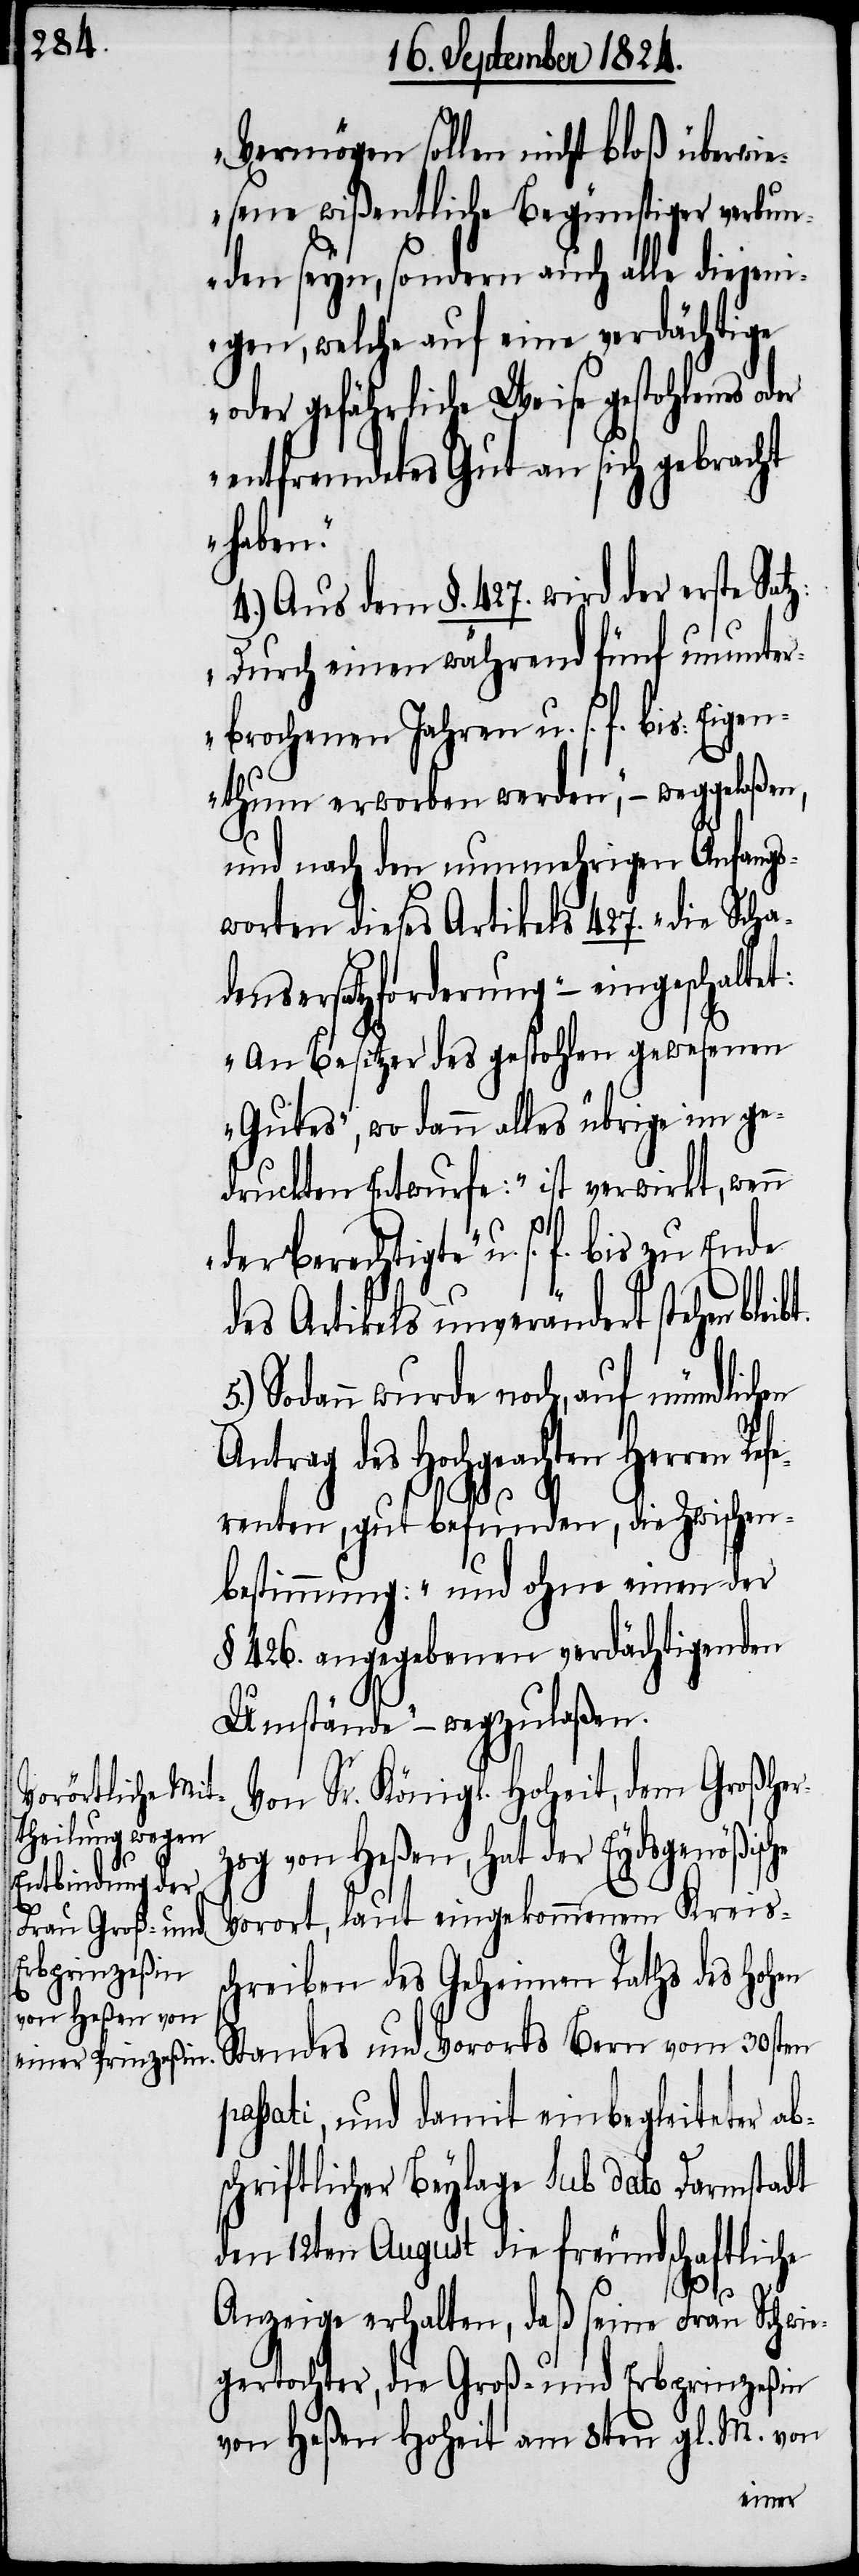
Vermögen sollen nicht bloß überwie¬
sene wißentliche Begünstigter verbun¬
den seyn, sondern auch alle diejen¬
igen, welche auf eine verdächtige
oder gefährliche Weise gestohlenes oder
entfremdetes Gut an sich gebracht
haben.“
4.) Aus dem §. 427. wird der erste Satz:
„Durch einen während fünf ununter¬
brochenen Jahren u. s. f. bis: Eigen¬
thum erworben werden“, – weggelaßen,
und nach den nunmehrigen Anfangs¬
worten dieses Artikels 427. „die Scha¬
densersatzforderung“ – eingeschaltet:
„An Besitzer des gestohlen gewesenen
Gutes“, wo dann alles übrige im ge¬
druckten Entwurfe: „ist verwirkt, wenn
des Artikels unverändert stehen
Sodann wurde noch, auf mündlichen
Antrag des Hochgeachten Herrn Refe¬
s.
5.)
renten, gut befunden, die Zwischen¬
bestimmung: „und ohne einen der
§ 426. angegebenen verdächtigenden
Umstände“ – wegzulaßen.
Von Sr. Königl. Hoheit, dem Großher¬
zog von Heßen, hat der Eydsgenößische
Vorort, laut eingekommenem Kreiss¬
chreiben des Geheimen Raths des Hohen
Standes und Vororts Bern vom 30sten
passati, und damit einbegleiteter ab¬
schriftlicher Beylage sub dato Darmstadt
den 12ten August die freundschaftliche
Anzeige erhalten, daß seine Frau Schwie¬
gertochter, die Groß- und Erbprinzeßin
von Heßen Hoheit am 8ten gl. M. von